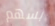
بسهم